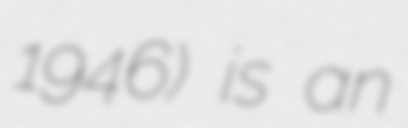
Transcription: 1946) is an